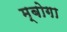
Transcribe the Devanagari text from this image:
म्बोगा